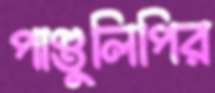
পাণ্ডুলিপির